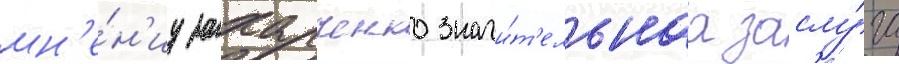
мн'е́н'иу захарченко значи́т'ельнаа заслу́га